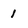
Character: 1